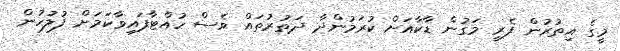
މީގެ އިތުރުން ފެރީ މަގުން ޑާކާއަށް ކުރަމުންދާ ދަތުރުތައް ވެސް ހުއްޓާފައިވާކަމަށް ފުލުހުން